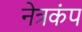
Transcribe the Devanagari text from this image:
नेत्रकंप